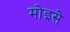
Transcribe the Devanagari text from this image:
मोइसे